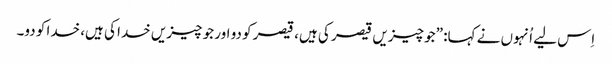
‏ اِس لیے اُنہوں نے کہا:‏ ”‏جو چیزیں قیصر کی ہیں،‏ قیصر کو دو اور جو چیزیں خدا کی ہیں،‏ خدا کو دو۔